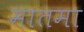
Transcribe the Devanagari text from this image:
मातमा